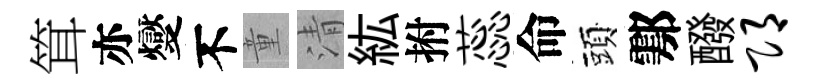
䇯亦燮不童清紘拊蕊命頭鄠醱邛